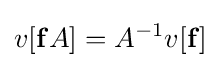
v[\mathbf {f} A]=A^{-1}v[\mathbf {f} ]